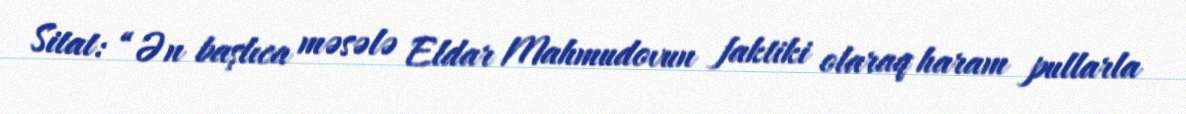
Sitat: “Ən başlıca məsələ Eldar Mahmudovun faktiki olaraq haram pullarla